Report on plague and inoculation in the Punjab from October 1st ... to September 30th..., being the ... season of plague in the province
Disease focus: Plague
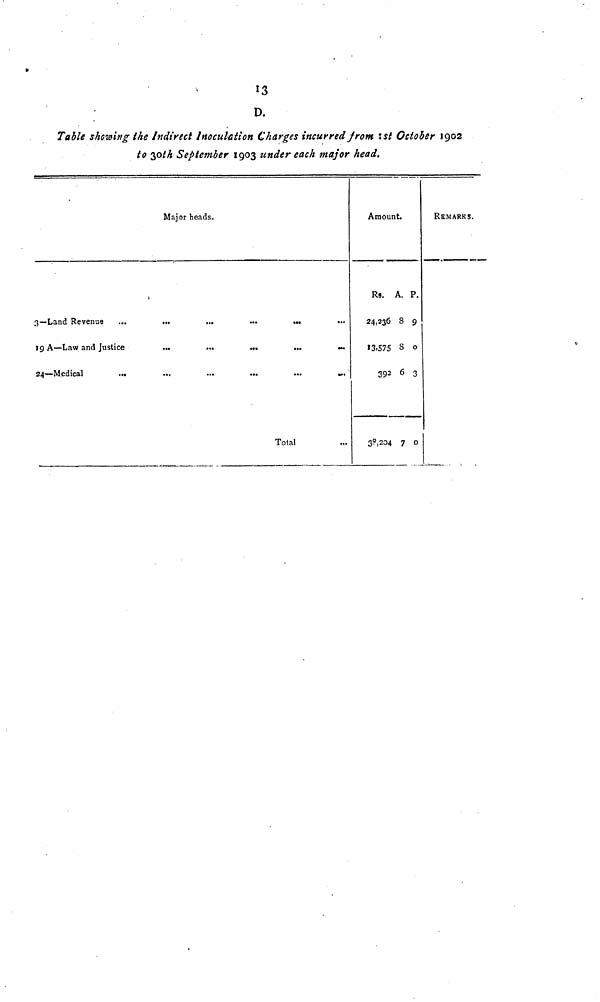
13
D.
Table stowing the Indirect Inoculation Charges incurred from 1st October 1902
to 30th September 1903 under each major head.
Major heads.
3— Land Revenue ...
...
...
...
...
19 A — Law and Justice
...
...
...
...
...
24 — Medical
...
...
...
...
...
...
Total
Amount.
Rs. A. P.
24,236 8 9
13.S75 8 0
392 6 3
38,204 7 0
REMARKS.